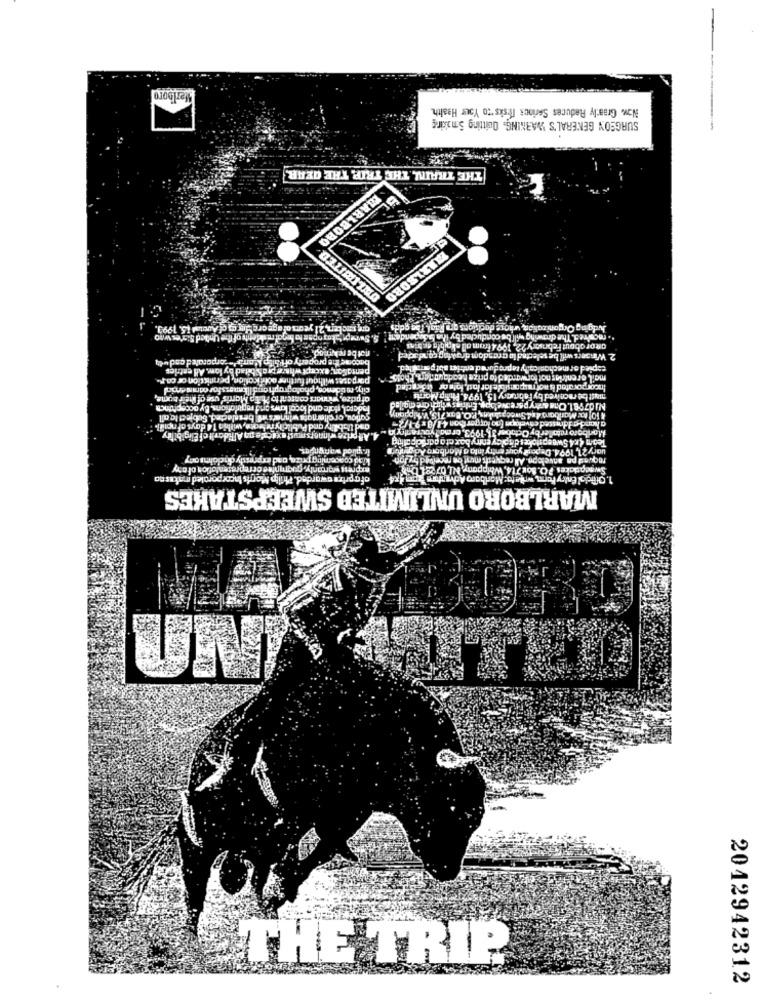
Marlboro
Now. Graarly Reduces Serious Tesis to Your Health.
SURGEON GENERAL'S WARNING. Quitting Smaking
THE TRAIN, THE TRIP. THE GEAR
MARLBORO
UNLIMITED
-
gry meter, 21 years ofage ore Hay ao of Auctal 15, 1993.
Judging Organization, whose dockions ar Faial, Too gods
Judgi
$. Sweepet kas opse ha broal mashdetity of the Unded Sices who
. racsired. The drawing will be conducted by ihn ladependent
not be rekmod.
amor about February 22, 199 4 from all -kipiblo du bini
become the property oft bifo \'amble corporaled and wdy
2 Winsars will be wleand la arandom dirowtag cond acted
pensalary; except whew prohibitad by low. All catrics
capied or mechanically ta pro dured entries alat port hed.
porpats without further oohification, permiction of co.r.
mail orentring not forwarded to prize headquarters, Photos
city, retidenca, photograph and Ilkmass for odmin ernicy
Incorporated is not responsible for inst, lote or we 3kaciad
afprize, winwars content to ft Ap Marris' use of their home,
most be received by Fabruczy 15, 1996. Philip Morris
Foderel, state and local laws and mapulations, By accephuinca
NJ 07981. Ona andtry pore Nelopy. Entrias whichare angilad
Satlou, orellemgts winnerswi besaladed. Subject to all
A 10) kx: Marlboro 414 Sweepstakes, P.O. Box 715, V.hippony
a horse Idressed envelope [no largar Con 4.1 /8 x 91/2-
axd thbilty and Publicity release, withia 14 days af neilll
Monboro retailer by October 31, 1993, or malyourandtry in .
4. All prize winners most axacade an Affidavit cf Eligibility
Team 4x4 Sweepstakes display entry bax ct a odrócipal ita
uary 21, 1994. Deposit your entry into a Marlboro Adiganitud
klad coocoming prize, nad expressly dhclaims any
roqund pn anvelop. All requests must be received by Jon
`express warranty, guarantee orrepresentation of atry
Swacadakes ?O. Box 714, Whippany, NI, 07 28 ( bm)"
ofa prize awarded. Philip Morris Incorporaled makes no
1. Official Entry Form, write to: Mariboro Achihuahua dr4
MARLBORO UNLIMITED SWEEPSTAKES
THE TRIP
2012942312